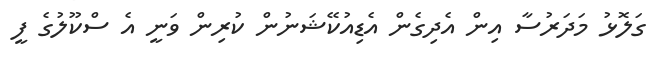
ގަލޮޅު މަދަރުސާ އިން އެދިގެން އެޑިއުކޭޝަނުން ކުރިން ވަނީ އެ ސްކޫލުގެ ފީ